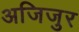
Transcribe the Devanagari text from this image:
अजिजुर